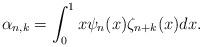
LaTeX: \begin{align*} \alpha_{n, k}= \int_0^1 x \psi_n(x) \zeta_{n+k}(x) dx .\end{align*}